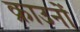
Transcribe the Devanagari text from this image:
क्राउनों